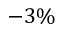
- 3 \%